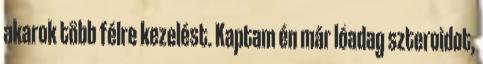
akarok több félre kezelést. Kaptam én már lóadag szteroidot,